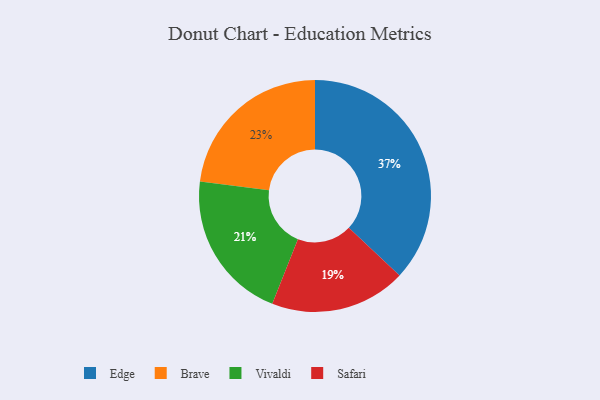
{"axis": {"x": "Category", "y": "Percentage"}, "legend": ["Brave", "Edge", "Safari", "Vivaldi"], "data": [{"x": "Edge", "y": 37, "type": "Edge"}, {"x": "Safari", "y": 19, "type": "Safari"}, {"x": "Vivaldi", "y": 21, "type": "Vivaldi"}, {"x": "Brave", "y": 23, "type": "Brave"}]}